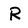
Character: R